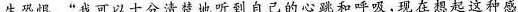
生恐惧。”我可以十分清楚地听到自己的心跳和呼吸，现在想起这种感